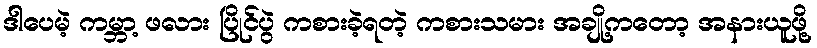
ဒါပေမဲ့ ကမ္ဘာ့ ဖလား ပြိုင်ပွဲ ကစားခဲ့ရတဲ့ ကစားသမား အချို့ကတော့ အနားယူဖို့